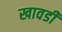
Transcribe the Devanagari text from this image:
खावडी